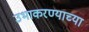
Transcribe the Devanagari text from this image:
उभाकरण्याच्या